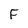
Character: F